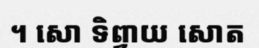
។ សោ ទិព្វាយ សោត